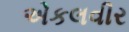
એકલવીર